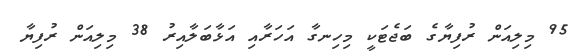
95 މިލިއަން ރުފިޔާގެ ބަޖެޓަކީ މިހިނގާ އަހަރާއި އަޅާބަލާއިރު 38 މިލިއަން ރުފިޔާ